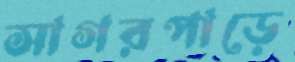
সাগরপাড়ে